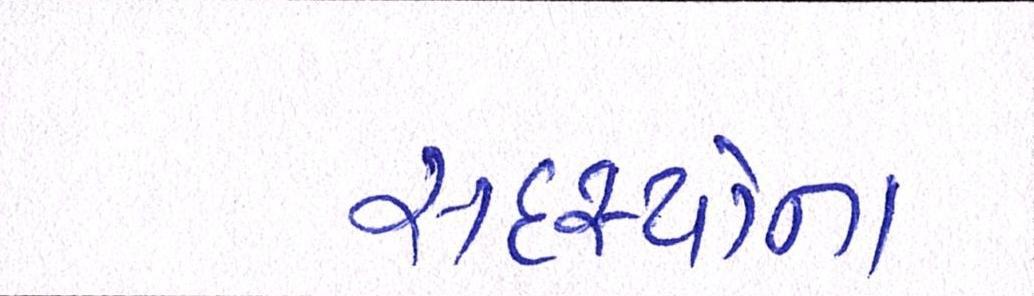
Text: સદસ્યોના